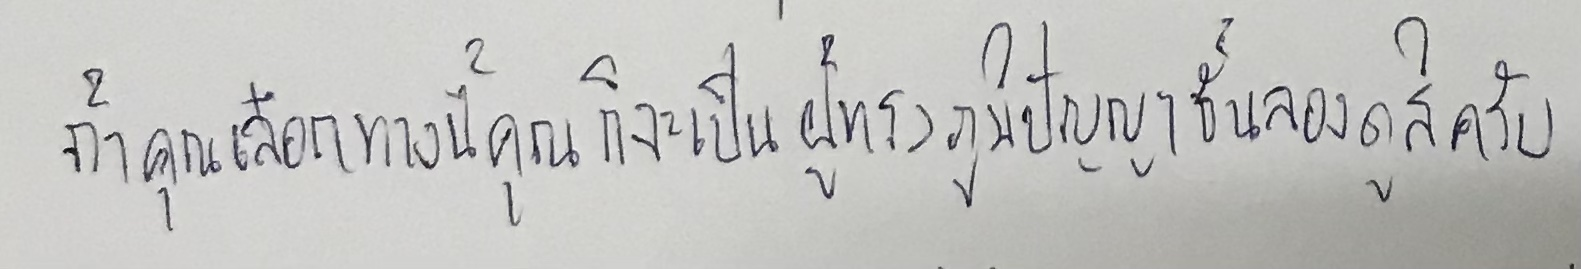
ถ้าคุณเลือกทางนี้คุณก็จะเป็นผู้ทรงภูมิปัญญาชั้นลองดูสิครับ